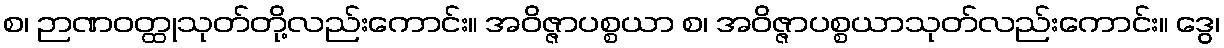
စ၊ ဉာဏဝတ္ထုသုတ်တို့လည်းကောင်း။ အဝိဇ္ဇာပစ္စယာ စ၊ အဝိဇ္ဇာပစ္စယာသုတ်လည်းကောင်း။ ဒွေ၊